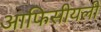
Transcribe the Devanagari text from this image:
आफिसीयली